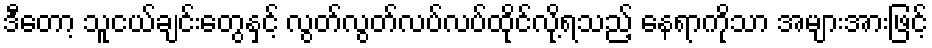
ဒီတော့ သူငယ်ချင်းတွေနှင့် လွတ်လွတ်လပ်လပ်ထိုင်လို့ရသည့် နေရာကိုသာ အများအားဖြင့်